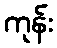
ကုန်း